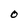
Character: O